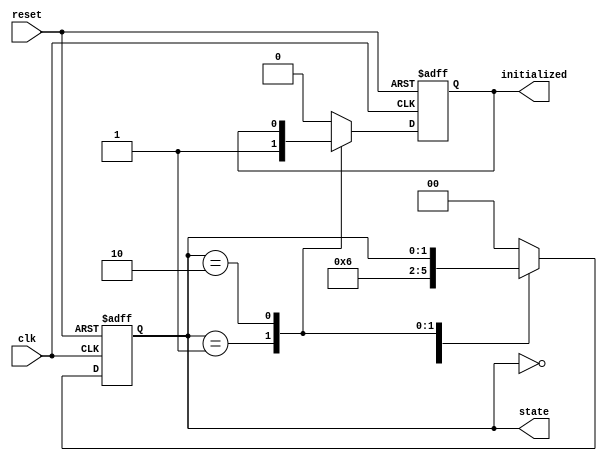
module ClockCycleInitialization (
    input wire clk,
    input wire reset,
    output reg initialized,
    output reg [1:0] state // 2-bit state representation
);

    // State Encoding
    localparam IDLE = 2'b00;
    localparam INITIALIZING = 2'b01;
    localparam READY = 2'b10;

    // Sequential Logic
    always @(posedge clk or posedge reset) begin
        if (reset) begin
            // Reset state
            state <= IDLE;
            initialized <= 1'b0;
        end else begin
            case (state)
                IDLE: begin
                    // Transition to INITIALIZING on the next clock
                    state <= INITIALIZING;
                    initialized <= 1'b0; // Reset initialization signal
                end
                INITIALIZING: begin
                    // Perform initialization tasks here
                    // (For example, setting registers or output signals)
                    // Assume initialization is done in one clock cycle for simplicity

                    // Transition to READY after initialization
                    state <= READY;
                    initialized <= 1'b1; // Indicate initialization is complete
                end
                READY: begin
                    // Remain in READY; further actions can be implemented based on requirements
                    // The state will remain READY unless reset occurs
                end
                default: begin
                    // Safety default case
                    state <= IDLE; // Should not happen in normal operation
                    initialized <= 1'b0;
                end
            endcase
        end
    end

endmodule